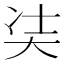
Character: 𭑋